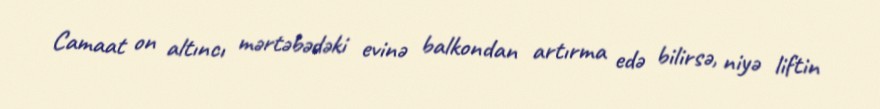
Camaat on altıncı mərtəbədəki evinə balkondan artırma edə bilirsə, niyə liftin